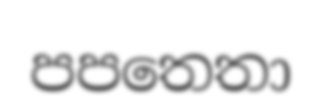
පපතෙතා